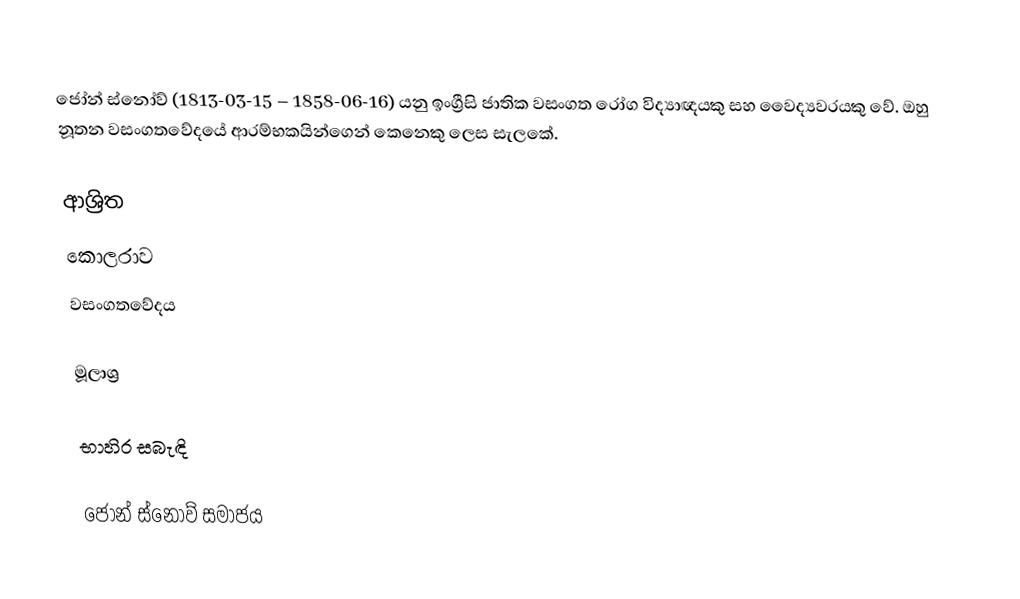
ජෝන් ස්නෝව් (1813-03-15 – 1858-06-16) යනු ඉංග්‍රීසි ජාතික වසංගත රෝග විද්‍යාඥයකු සහ වෛද්‍යවරයකු වේ. ඔහු නූතන වසංගතවේදයේ ආරම්භකයින්ගෙන් කෙනෙකු ලෙස සැලකේ.

ආශ්‍රිත
 කොලරාව
 වසංගතවේදය

මූලාශ්‍ර

භාහිර සබැඳි

ජෝන් ස්නෝව් සමාජය